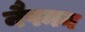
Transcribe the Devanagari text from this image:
नैपमन